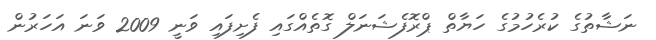
ނަޝާތުގެ ކުރެހުމުގެ ހަޔާތް ޕްރޮފެޝަނަލް ގޮތެއްގައި ފެށިފައި ވަނީ 2009 ވަނަ އަހަރުން